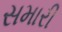
સમારી